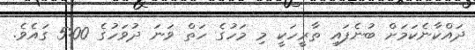
ދައްކާނެކަމަށް ބުނެފައި ތާރީހަކީ މި މަހުގެ ހަތް ވަނަ ދުވަހުގެ 5:00 ގައެވެ.